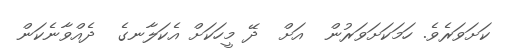
ކަށަވަރެވެ. ހަމަކަށަވަރުން  އަށް  ދޭ މީހަކަށް އެކަލާނގެ  ދެއްވާނެކަން